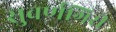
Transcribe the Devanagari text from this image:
सुवर्णगिरी